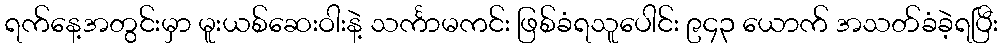
ရက်နေ့အတွင်းမှာ မူးယစ်ဆေးဝါးနဲ့ သင်္ကာမကင်း ဖြစ်ခံရသူပေါင်း ၉၄၃ ယောက် အသတ်ခံခဲ့ရပြီး